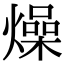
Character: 燥